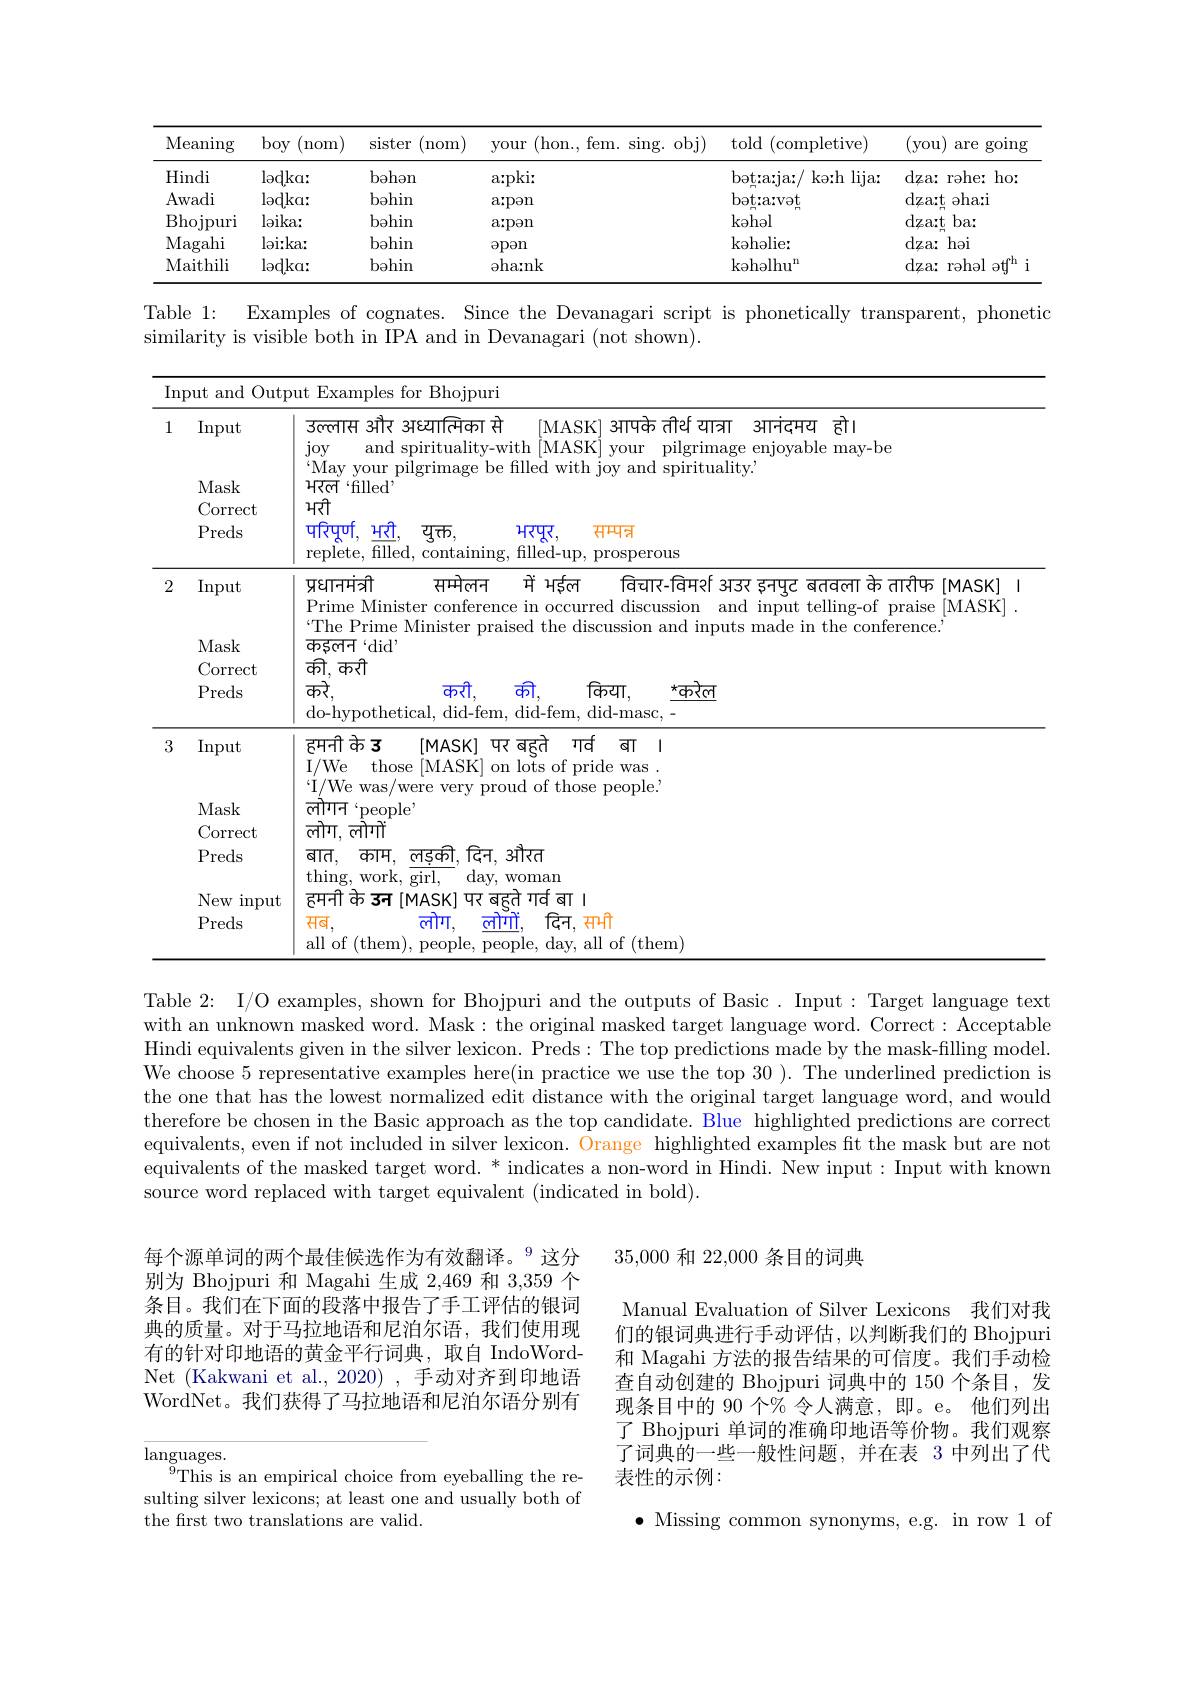
<table>
	<tbody>
		<tr>
			<th>Meaning</th>
			<th>boy $({\mathrm{nom}}$ 1</th>
			<th>sister ( nom</th>
			<th>(hon., fem. sing. obj) your</th>
			<th>told (completive)</th>
			<th>(you are going</th>
		</tr>
		<tr>
			<td>Hindi</td>
			<td>$ladka:$</td>
			<td>bəhən</td>
			<td>a:pki:</td>
			<td>1 lija: bot: a: ja: ko: h</td>
			<td>dza: rəhe: $ho:$ </td>
		</tr>
		<tr>
			<td>Awadi</td>
			<td>$lodka:$</td>
			<td>bahin</td>
			<td>a: pon</td>
			<td>bot: arvet</td>
			<td>dza: t əhari</td>
		</tr>
		<tr>
			<td>Bhojpuri</td>
			<td>$l$oika:</td>
			<td>bohin</td>
			<td>a: pon</td>
			<td>kəhəl</td>
			<td>$dza:t$ $ba:$</td>
		</tr>
		<tr>
			<td>Magahi</td>
			<td>$l$oi:ka:</td>
			<td>bohin</td>
			<td>$\Theta$pon</td>
			<td>kahaliex</td>
			<td>$dza:$ </td>
		</tr>
		<tr>
			<td>Maithili</td>
			<td>$lodka:$</td>
			<td>bəhin</td>
			<td>aha: nk</td>
			<td>$\mathrm{kohalhu}^{\mathrm{n}}$</td>
			<td>$dza:$ rəhəl $aff^{\mathrm{m}}$</td>
		</tr>
	</tbody>
</table>

similarity is visible both in IPA and in Devanagari (not shown).

<table>
	<tbody>
		<tr>
			<th colspan="3">Input and Output Examples for Bhojpuri</th>
		</tr>
		<tr>
			<th>1</th>
			<th>Input Mask Correct Preds</th>
			<th>उल्लास और अध्यालिका से [MASK] आपके तीर्थ यात्रा आनंदमय हो। joy and spirituality-with [MASK] your pilgrimage enjoyable may-be May your pilgrimage be filled with joy and spirituality. $ਮਕੀ$ ${\text{मरल“filled”}}$ परिपूर्ण, मरी, $ਧ੍ਹਜ਼ਨ$, मरपूर, $सम्पन्न$ replete, filled, containing, filled-up, prosperous</th>
		</tr>
		<tr>
			<td>2</td>
			<td>$\operatorname{Input}$ Mask $\operatorname{Correct}$ Preds</td>
			<td>प्रधानमंत्री $समेलन$ 7 में मईल विचार-विमर्र[ अउर इनपुट बतवला के तारीफ[MASK] Prime Minister conference in occurred discussion and input telling-of praise [MASK] . “The Prime Minister praised the discussion and inputs made in the conference. ${\mathrm{कडलन~}}`{\mathrm{did}}$, की, करी करे, करी, की, किया, $\underline{\star\text{करेल}}$ do-hypothetical, did-fem, did-fem, did-masc,</td>
		</tr>
		<tr>
			<td rowspan="2">3</td>
			<td>Input</td>
			<td>हमनी के उ [MASK] पर बहुते गर्व बा । I/We those [MASK] on lots of pride was . $`$I/We was/were very proud of those people.</td>
		</tr>
		<tr>
			<td>Mask Correct Preds New input Preds</td>
			<td>${\mathrm{लोगन~}}`{\mathrm{people}}”$ लोग, लोगों बात, काम. लडकी, दिन. औरत thing, work, $\overline {{girl, }}^{\prime }$ day, woman हमनी के उन [MASK] पर बहुते गर्व बा । $सब$, लोग, कोगों, दिन. समी all of (them neonle neonle of ( them) </td>
		</tr>
	</tbody>
</table>

Table 2: I/O examples, shown for Bhojpuri and the outputs of Basic. Input: Target language text with an unknown masked word. Mask: the original masked target language word. Correct: Acceptable Hindi equivalents given in the silver lexicon. Preds: The top predictions made by the mask-filling model. We choose 5 representative examples here(in practice we use the top 30 ). The underlined prediction is the one that has the lowest normalized edit distance with the original target language word, and would therefore be chosen in the Basic approach as the top candidate. Blue highlighted predictions are correct equivalents, even if not included in silver lexicon. Orange highlighted examples fit the mask but are not equivalents of the masked target word. * indicates a non-word in Hindi. New input: Input with known source word replaced with target equivalent (indicated in bold).

35,000和 22,000 条目的词典

每个源单词的两个最佳候选作为有效翻译。$^{9}$这分别为 Bhojpuri 和 Magahi 生成 2,469 和 3,359 个条目。我们在下面的段落中报告了手工评估的银词典的质量。对于马拉地语和尼泊尔语，我们使用现有的针对印地语的黄金平行词典，取自 IndoWordNet (Kakwani et al.,2020),手动对齐到印地语WordNet。我们获得了马拉地语和尼泊尔语分别有

Manual Evaluation of Silver Lexicons 我们对我们的银词典进行手动评估，以判断我们的 Bhojpuri 和 Magahi 方法的报告结果的可信度。我们手动检查自动创建的 Bhojpuri 词典中的 150 个条目，发现条目中的 90 个% 令人满意，即。e。他们列出了 Bhojpuri 单词的准确印地语等价物。我们观察了词典的一些一般性问题，并在表 3 中列出了代表性的示例：

$\underset{9\square1}{\operatorname*{languages.}}{\operatorname*{languages.}}$
$^{9}$This is an empirical choice from eyeballing the resulting silver lexicons; at least one and usually both of the first two translations are valid.

$\bullet$ Missing common synonyms, e.g. in row 1 of